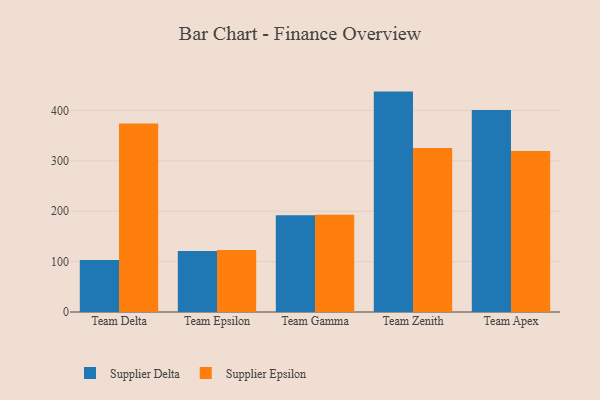
{"axis": {"x": "Team", "y": "Website Visitors"}, "legend": ["Supplier Delta", "Supplier Epsilon"], "data": [{"x": "Team Delta", "y": 103.2, "type": "Supplier Delta"}, {"x": "Team Delta", "y": 374.0, "type": "Supplier Epsilon"}, {"x": "Team Epsilon", "y": 121.2, "type": "Supplier Delta"}, {"x": "Team Epsilon", "y": 123.0, "type": "Supplier Epsilon"}, {"x": "Team Gamma", "y": 192.0, "type": "Supplier Delta"}, {"x": "Team Gamma", "y": 192.7, "type": "Supplier Epsilon"}, {"x": "Team Zenith", "y": 437.2, "type": "Supplier Delta"}, {"x": "Team Zenith", "y": 325.1, "type": "Supplier Epsilon"}, {"x": "Team Apex", "y": 400.7, "type": "Supplier Delta"}, {"x": "Team Apex", "y": 319.5, "type": "Supplier Epsilon"}]}